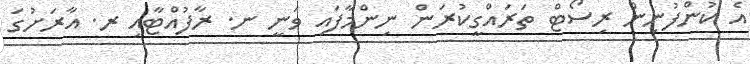
އެ ކުންފުނިން ރިސޯޓް ތަރައްގީކުރަން ނިންމާފައި ވަނީ ނ. ރާފުއްޓާއި ރ. އާރަށުގަ